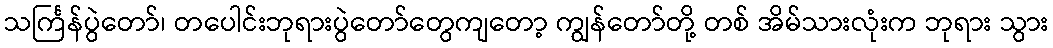
သင်္ကြန်ပွဲတော်၊ တပေါင်းဘုရားပွဲတော်တွေကျတော့ ကျွန်တော်တို့ တစ် အိမ်သားလုံးက ဘုရား သွား